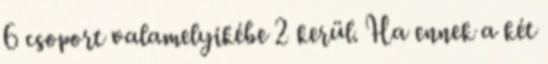
6 csoport valamelyikébe 2 kerül. Ha ennek a két